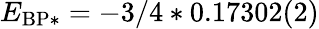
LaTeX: E_{\mathrm{BP*}}=-3/4*0.17302(2)